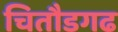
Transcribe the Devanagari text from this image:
चितौडगढ